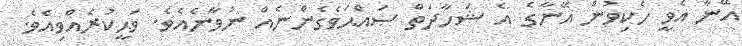
އޭނާ އެވީ ހެކިވުން އޭނާގެ އެ ޝަހާދަތް ޞައްޙަވެގެންނެއް ނުވާނެއެވެ. ވަޙީކުރެއްވިއެވެ.